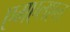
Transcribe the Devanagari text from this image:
एमएलएल